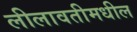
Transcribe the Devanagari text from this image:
लीलावतीमधील